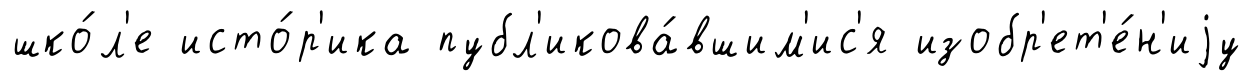
шко́л'е исто́р'ика публ'икова́вшим'ис'я изобр'ет'е́н'иjу